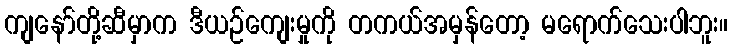
ကျနော်တို့ဆီမှာက ဒီယဉ်ကျေးမှုကို တကယ်အမှန်တော့ မရောက်သေးပါဘူး။